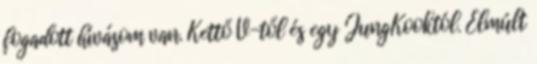
fogadott hívásom van. Kettő V-től és egy JungKooktól. Elmúlt